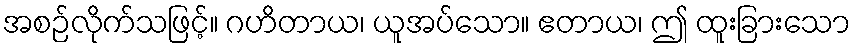
အစဉ်လိုက်သဖြင့်။ ဂဟိတာယ၊ ယူအပ်သော။ ဧတာယ၊ ဤ ထူးခြားသော